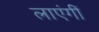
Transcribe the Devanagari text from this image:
लाएंगीं